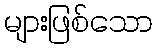
များဖြစ်သော